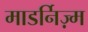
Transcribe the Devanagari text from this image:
माडर्निज़्म